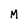
Character: M